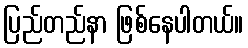
ပြည်တည်နာ ဖြစ်နေပါတယ်။